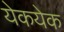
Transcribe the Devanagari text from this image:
येकयेक